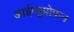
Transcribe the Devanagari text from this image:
आईब्यूप्रोफ़न